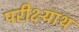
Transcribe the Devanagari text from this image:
परीक्ष्याथ